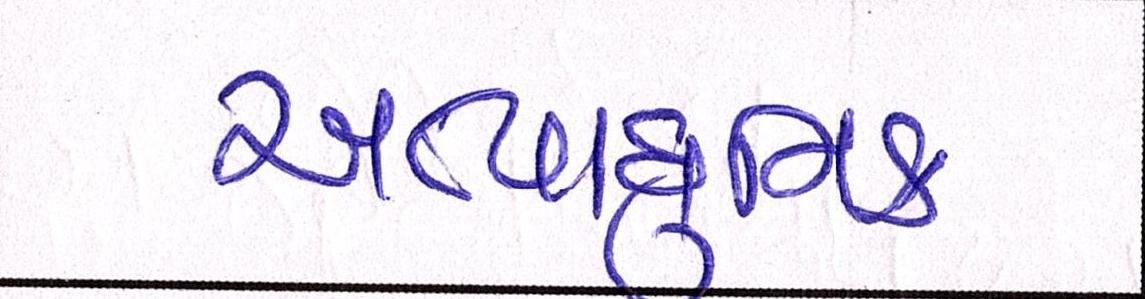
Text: અત્યાધુનિક